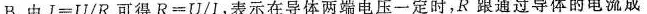
B.由$$I = U / R$$可得$$R = U / I$$，表示在导体两端电压一定时，R跟通过导体的电流成